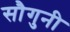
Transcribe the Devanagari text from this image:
सौगुनी